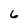
Character: 6